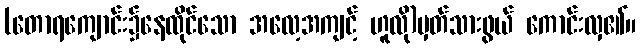
(တောရကျောင်း၌နေထိုင်သော အလေ့အကျင့် ဟူလို)မှတ်သားဖွယ် ကောင်းလှ၏။